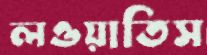
লওয়াতিস